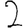
Digit: 2